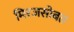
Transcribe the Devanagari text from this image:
मिरजसोबत